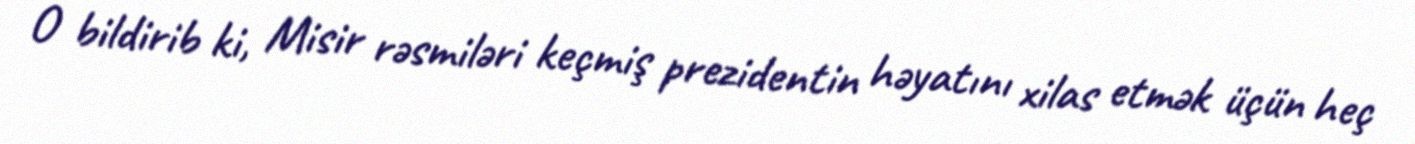
O bildirib ki, Misir rəsmiləri keçmiş prezidentin həyatını xilas etmək üçün heç